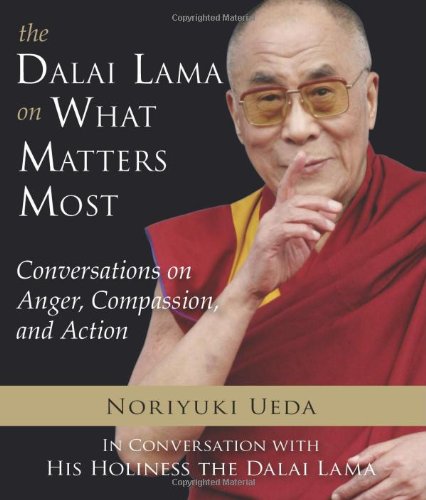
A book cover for The Dalai Lama on What Matters Most: Conversations on Anger, Compassion, and Action; Noriyuki Ueda; Religion & Spirituality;